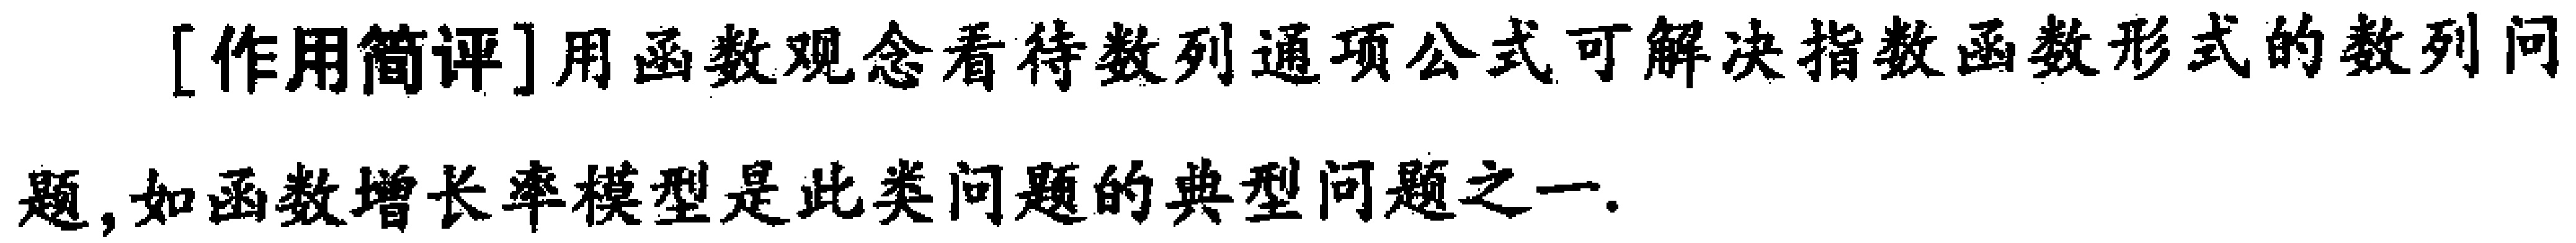
[作用简评]用函数观念看待数列通项公式可解决指数函数形式的数列问题,如函数增长率模型是此类问题的典型问题之一.